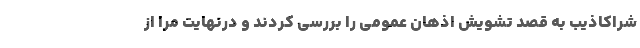
شراکاذیب به قصد تشویش اذهان عمومی را بررسی کردند و درنهایت مرا از